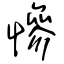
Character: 慘